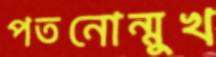
পতনোন্মুখ